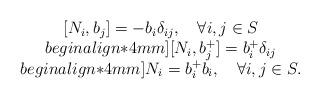
LaTeX: \begin{align*}\begin{array}{c}[N_{i},b_{j}]=-b_{i} \delta_{ij},\quad \forall i,j \in S\\begin{align*}4mm][N_{i},b_{j}^{+}]=b_{i}^{+} \delta_{ij}\\begin{align*}4mm]N_{i}=b_{i}^{+}b_{i}, \quad \forall i,j \in S.\end{array}\end{align*}